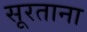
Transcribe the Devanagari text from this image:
सूरताना